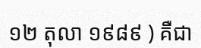
១២ តុលា ១៩៨៩ ) គឺជា